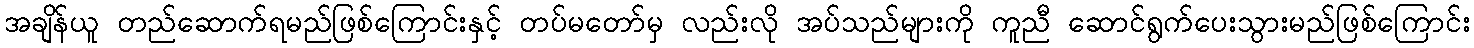
အချိန်ယူ တည်ဆောက်ရမည်ဖြစ်ကြောင်းနှင့် တပ်မတော်မှ လည်းလို အပ်သည်များကို ကူညီ ဆောင်ရွက်ပေးသွားမည်ဖြစ်ကြောင်း